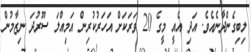
ލިބިގެންދާނެއެވެ. އަދި އެއީ މީގެ 20 ވަރަކަށް އަހަރުކުރިން އަމިއްލަ ސޫރުދަ ނިޒާމުން